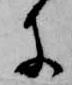
に